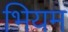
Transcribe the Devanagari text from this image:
भियम